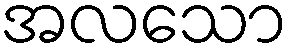
အလသော